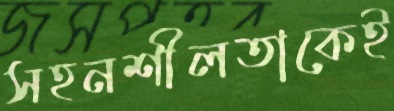
সহনশীলতাকেই